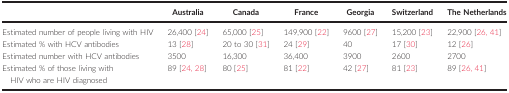
<table><thead><tr><td></td><td><b>Australia</b></td><td><b>Canada</b></td><td><b>France</b></td><td><b>Georgia</b></td><td><b>Switzerland</b></td><td><b>The Netherlands</b></td></tr></thead><tbody><tr><td>Estimated number of people living with HIV</td><td>26,400 24</td><td>65,000 25</td><td>149,900 22</td><td>9600 27</td><td>15,200 23</td><td>22,900 26, 41</td></tr><tr><td>Estimated % with HCV antibodies</td><td>13 28</td><td>20 to 30 31</td><td>24 29</td><td>40</td><td>17 30</td><td>12 26</td></tr><tr><td>Estimated number with HCV antibodies</td><td>3500</td><td>16,300</td><td>36,400</td><td>3900</td><td>2600</td><td>2700</td></tr><tr><td>Estimated % of those living with HIV who are HIV diagnosed</td><td>89 24, 28</td><td>80 25</td><td>81 22</td><td>42 27</td><td>81 23</td><td>89 26, 41</td></tr></tbody></table>